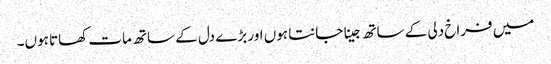
میں فراخ دلی کے ساتھ جینا جانتا ہوں اور بڑے دل کے ساتھ مات کھاتا ہوں۔